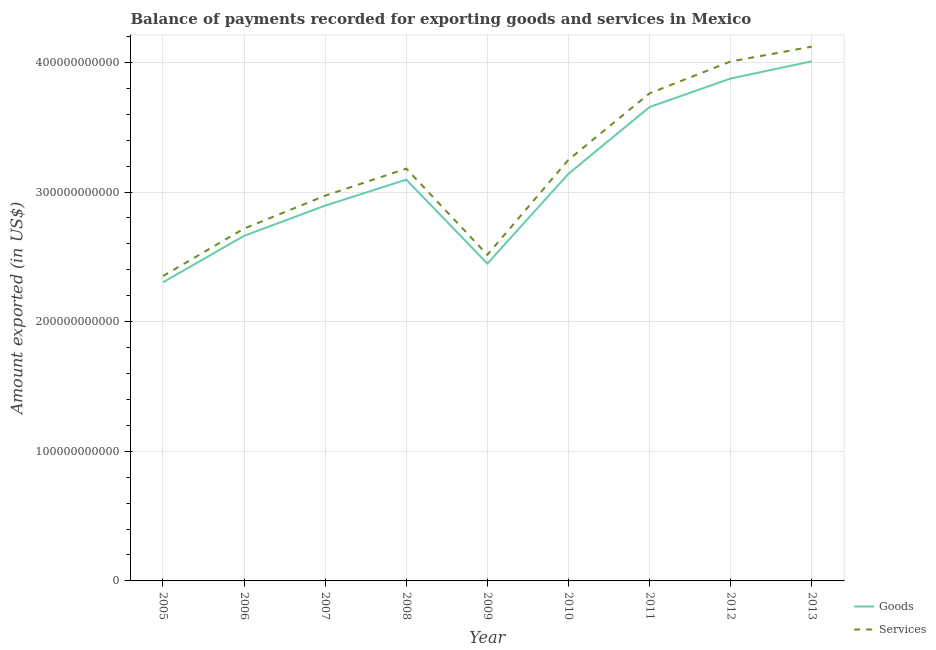
| Year | Goods | Services |
 | --- | --- | --- |
 | 2005 | 2.3e+11 | 2.35e+11 |
 | 2006 | 2.66e+11 | 2.72e+11 |
 | 2007 | 2.9e+11 | 2.97e+11 |
 | 2008 | 3.1e+11 | 3.18e+11 |
 | 2009 | 2.45e+11 | 2.52e+11 |
 | 2010 | 3.14e+11 | 3.25e+11 |
 | 2011 | 3.66e+11 | 3.76e+11 |
 | 2012 | 3.88e+11 | 4.01e+11 |
 | 2013 | 4.01e+11 | 4.12e+11 |